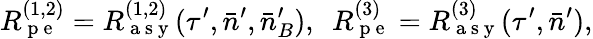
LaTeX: R_{\mathrm{~p~e~}}^{(1,2)}=R_{\mathrm{~a~s~y~}}^{(1,2)}(\tau^{\prime},\bar{n}^{\prime},\bar{n}_{B}^{\prime}),~~R_{\mathrm{~p~e~}}^{(3)}=R_{\mathrm{~a~s~y~}}^{(3)}(\tau^{\prime},\bar{n}^{\prime}),